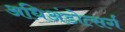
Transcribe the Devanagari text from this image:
अधिअंडोत्सर्ग